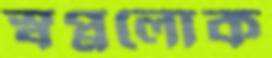
স্বপ্নলোক